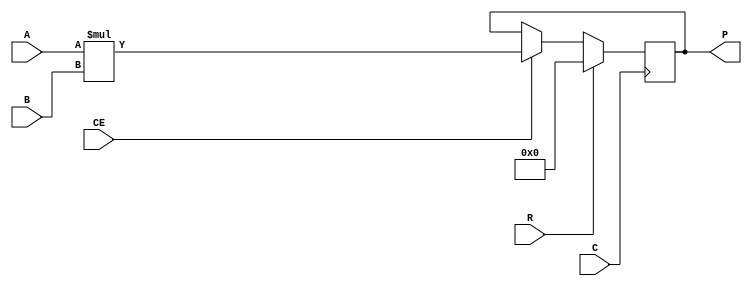
module MULT18X18S (
    input signed [17:0] A,
    input signed [17:0] B,
    output reg signed [35:0] P,
    (* clkbuf_sink *)
    input C,
    input CE,
    input R
);
always @(posedge C)
	if (R)
		P <= 0;
	else if (CE)
		P <= A * B;
endmodule